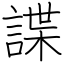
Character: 諜